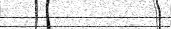
٢٣